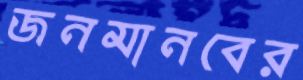
জনমানবের